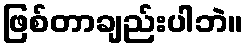
ဖြစ်တာချည်းပါဘဲ။